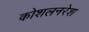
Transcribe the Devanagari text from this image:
कोशलनरेश